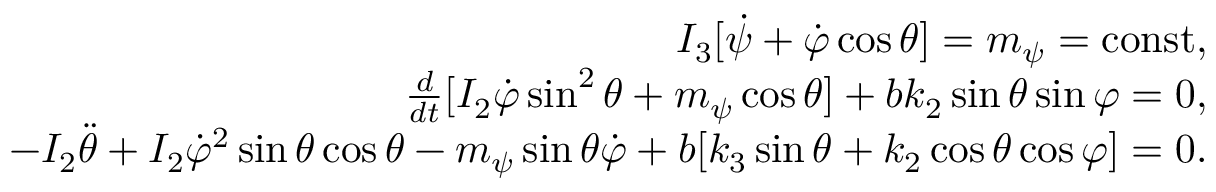
\begin{array} { r } { I _ { 3 } [ \dot { \psi } + \dot { \varphi } \cos \theta ] = m _ { \psi } = \mathrm { c o n s t } , } \\ { \frac { d } { d t } [ I _ { 2 } \dot { \varphi } \sin ^ { 2 } \theta + m _ { \psi } \cos \theta ] + b k _ { 2 } \sin \theta \sin \varphi = 0 , } \\ { - I _ { 2 } \ddot { \theta } + I _ { 2 } \dot { \varphi } ^ { 2 } \sin \theta \cos \theta - m _ { \psi } \sin \theta \dot { \varphi } + b [ k _ { 3 } \sin \theta + k _ { 2 } \cos \theta \cos \varphi ] = 0 . } \end{array}